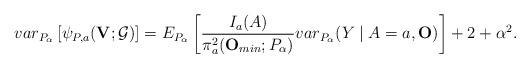
LaTeX: \begin{align*}var_{P_{\alpha }}\left[ \psi _{P,a}(\mathbf{V};\mathcal{G})\right]=E_{P_{\alpha }}\left[ \frac{I_{a}(A)}{\pi _{a}^{2}(\mathbf{O}_{min};P_{\alpha })}var_{P_{\alpha }}(Y\mid A=a,\mathbf{O})\right] +2+\alpha^{2}.\end{align*}